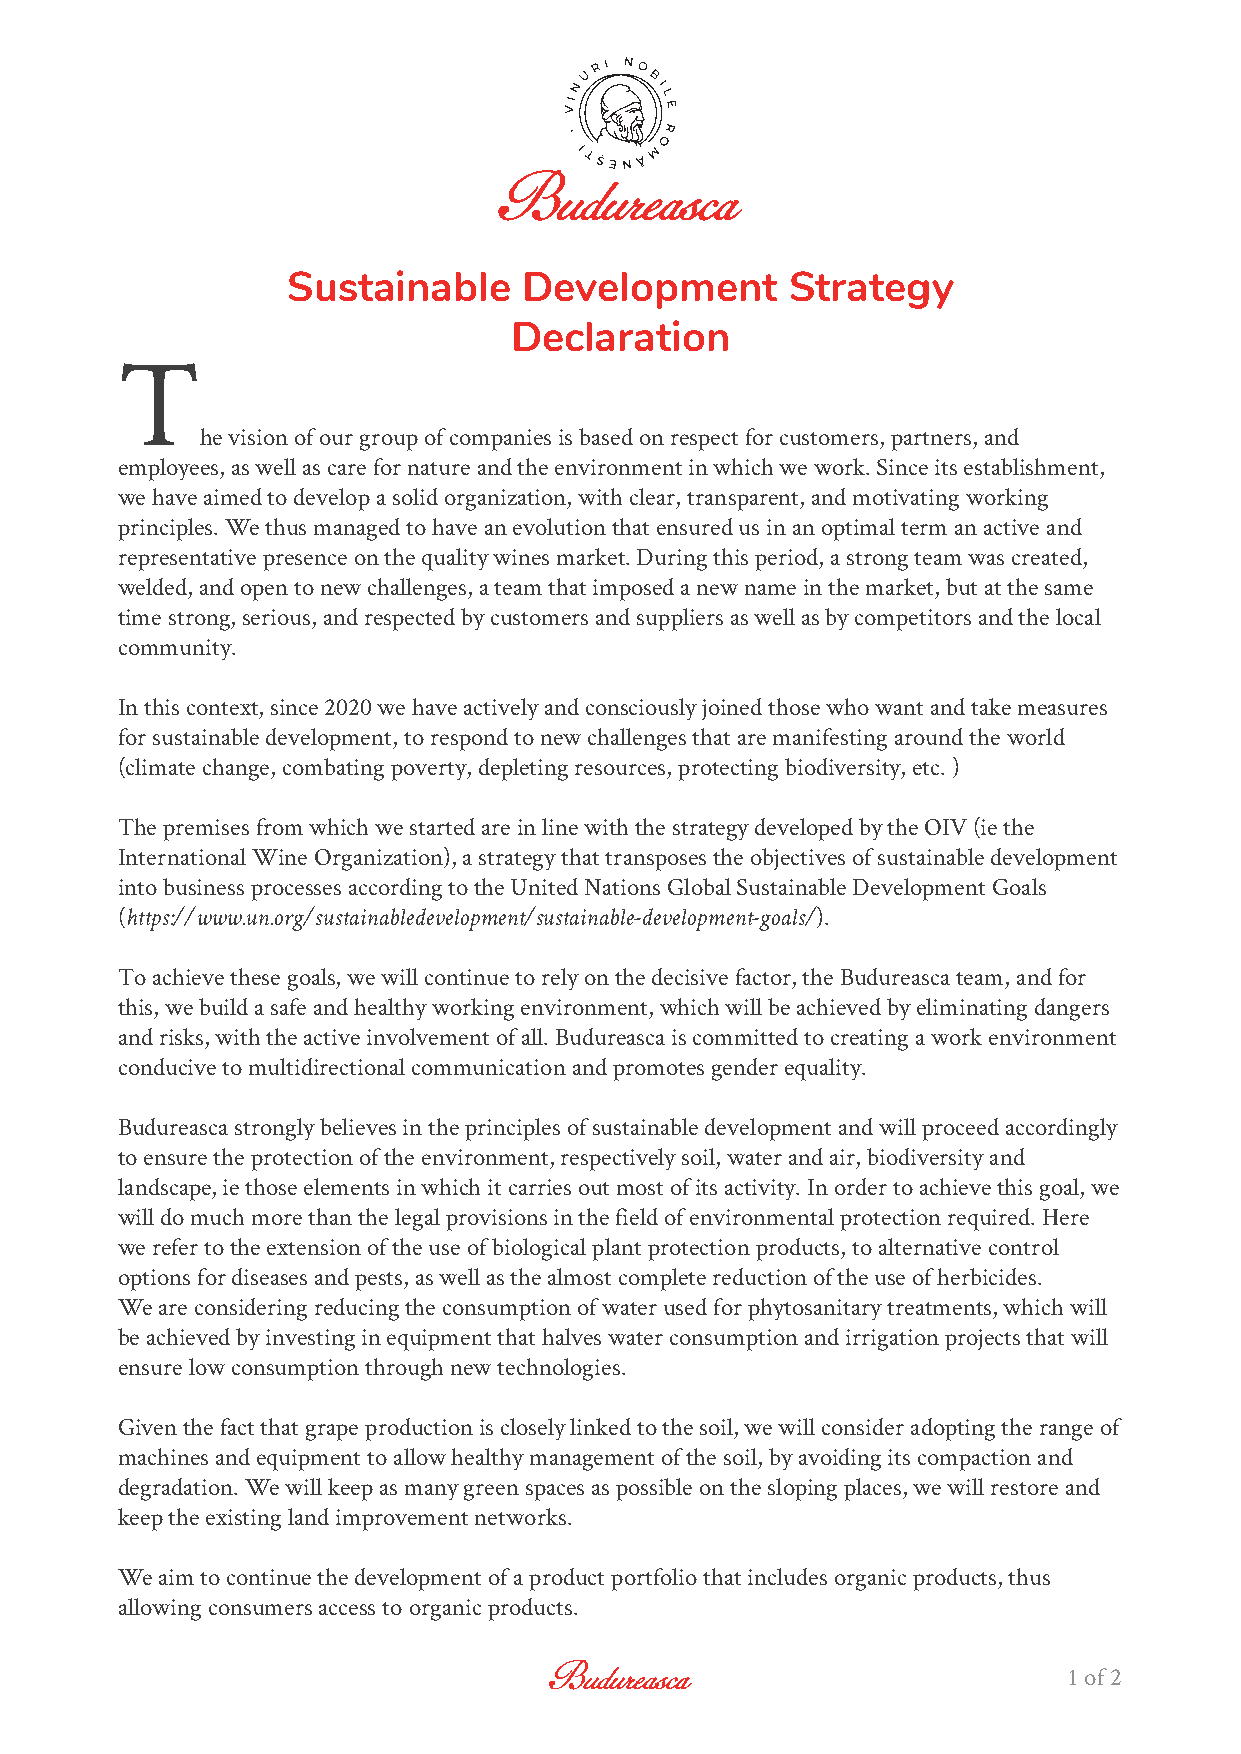
Sustainable     Development      Strategy
 Declaration
 T
 he vision of our group of companies is based on respect for customers, partners, and
 employees, as well as care for nature and the environment in which we work. Since its establishment,
 we have aimed to develop a solid organization, with clear, transparent, and motivating working
 principles. We thus managed to have an evolution that ensured us in an optimal term an active and
 representative presence on the quality wines market. During this period, a strong team was created,
 welded, and open to new challenges, a team that imposed a new name in the market, but at the same
 time strong, serious, and respected by customers and suppliers as well as by competitors and the local
 community.
 In this context, since 2020 we have actively and consciously joined those who want and take measures
 for sustainable development, to respond to new challenges that are manifesting around the world
 (climate change, combating poverty, depleting resources, protecting biodiversity, etc. )
 The premises from which we started are in line with the strategy developed by the OIV (ie the
 International Wine Organization), a strategy that transposes the objectives of sustainable development
 into business processes according to the United Nations Global Sustainable Development Goals
 (https://www.un.org/sustainabledevelopment/sustainable-development-goals/).
 To achieve these goals, we will continue to rely on the decisive factor, the Budureasca team, and for
 this, we build a safe and healthy working environment, which will be achieved by eliminating dangers
 and risks, with the active involvement of all. Budureasca is committed to creating a work environment
 conducive to multidirectional communication and promotes gender equality.
 Budureasca strongly believes in the principles of sustainable development and will proceed accordingly
 to ensure the protection of the environment, respectively soil, water and air, biodiversity and
 landscape, ie those elements in which it carries out most of its activity. In order to achieve this goal, we
 will do much more than the legal provisions in the field of environmental protection required. Here
 we refer to the extension of the use of biological plant protection products, to alternative control
 options for diseases and pests, as well as the almost complete reduction of the use of herbicides.
 We are considering reducing the consumption of water used for phytosanitary treatments, which will
 be achieved by investing in equipment that halves water consumption and irrigation projects that will
 ensure low consumption through new technologies.
 Given the fact that grape production is closely linked to the soil, we will consider adopting the range of
 machines and equipment to allow healthy management of the soil, by avoiding its compaction and
 degradation. We will keep as many green spaces as possible on the sloping places, we will restore and
 keep the existing land improvement networks.
 We aim to continue the development of a product portfolio that includes organic products, thus
 allowing consumers access to organic products.
 1 of 2